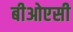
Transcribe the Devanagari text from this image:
बीओएसी